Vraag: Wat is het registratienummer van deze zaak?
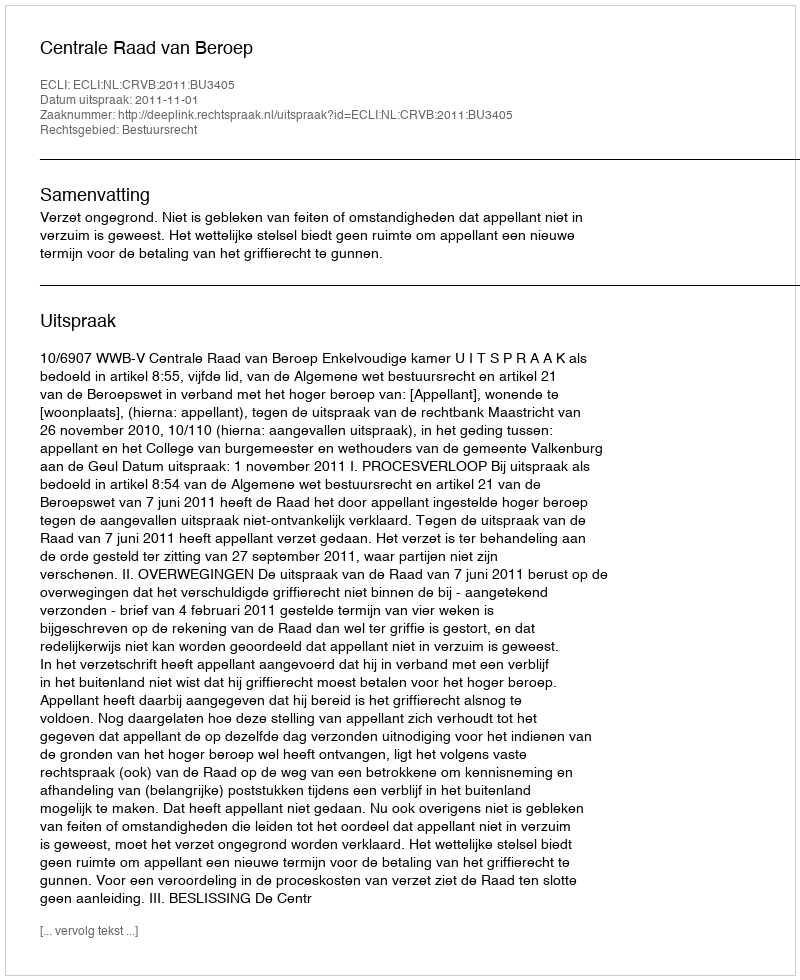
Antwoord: http://deeplink.rechtspraak.nl/uitspraak?id=ECLI:NL:CRVB:2011:BU3405